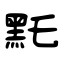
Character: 𪐞